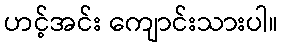
ဟင့်အင်း ကျောင်းသားပါ။